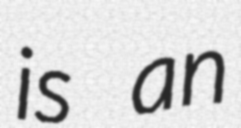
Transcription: is an